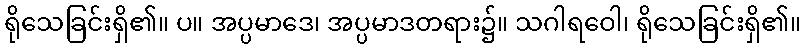
ရိုသေခြင်းရှိ၏။ ပ။ အပ္ပမာဒေ၊ အပ္ပမာဒတရား၌။ သဂါရဝေါ၊ ရိုသေခြင်းရှိ၏။